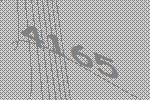
4165